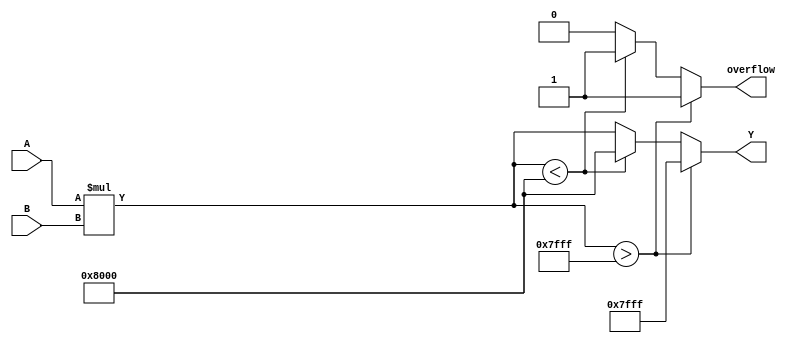
module parameterized_multiplier #(
    parameter WIDTH_A = 8,  // Width of input A
    parameter WIDTH_B = 8   // Width of input B
)(
    input  signed [WIDTH_A-1:0] A,  // Input operand A
    input  signed [WIDTH_B-1:0] B,  // Input operand B
    output reg signed [WIDTH_A + WIDTH_B - 1:0] Y,  // Output product Y
    output reg overflow  // Overflow flag
);

    // Calculate the product and handle overflow
    always @(*) begin
        // Default values
        overflow = 1'b0;
        
        // Perform multiplication
        Y = A * B;

        // Check for overflow conditions
        if (Y > {1'b0, {WIDTH_A + WIDTH_B - 1{1'b1}}}) begin
            Y = {1'b0, {WIDTH_A + WIDTH_B - 1{1'b1}}}; // Saturate to max value
            overflow = 1'b1; // Set overflow flag
        end else if (Y < {1'b1, {WIDTH_A + WIDTH_B - 1{1'b0}}}) begin
            Y = {1'b1, {WIDTH_A + WIDTH_B - 1{1'b0}}}; // Saturate to min value
            overflow = 1'b1; // Set overflow flag
        end
    end

endmodule